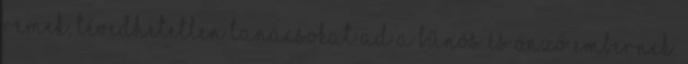
remek, tévedhetetlen tanácsokat ad a bűnös és önző embernek.